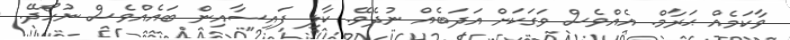
ވާކަމެއް ޙަރާމް. އެއްވެސް ވަގަކަށް އަދަބެއް ނުދެވޭ. ކާލި ފައިސާއިން ބައެއްވެސް ނުހޯދޭ.